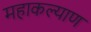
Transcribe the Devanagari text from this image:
महाकल्याण